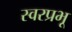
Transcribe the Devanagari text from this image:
स्वरप्रभू